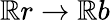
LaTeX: \mathbb{R}r\rightarrow\mathbb{R}b